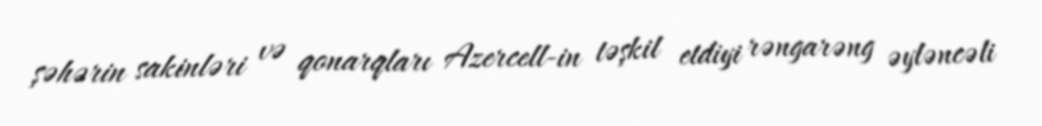
şəhərin sakinləri və qonarqları Azercell-in təşkil etdiyi rəngarəng əyləncəli